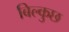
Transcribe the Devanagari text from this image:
बिल्कुछ